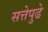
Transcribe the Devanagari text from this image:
सत्तेपुढे